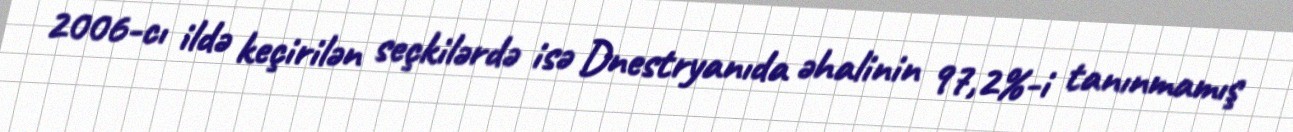
2006-cı ildə keçirilən seçkilərdə isə Dnestryanıda əhalinin 97,2%-i tanınmamış